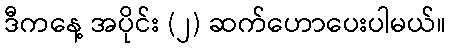
ဒီကနေ့ အပိုင်း (၂) ဆက်ဟောပေးပါမယ်။